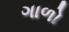
ગાળો